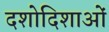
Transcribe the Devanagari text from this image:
दशोदिशाओं